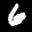
Label: 6